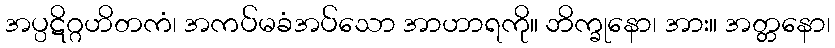
အပ္ပဋိဂ္ဂဟိတကံ၊ အကပ်မခံအပ်သော အာဟာရကို။ ဘိက္ခုနော၊ အား။ အတ္တနော၊